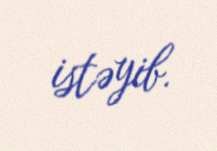
istəyib.